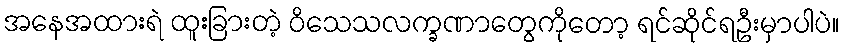
အနေအထားရဲ ထူးခြားတဲ့ ဝိသေသလက္ခဏာတွေကိုတော့ ရင်ဆိုင်ရဦးမှာပါပဲ။